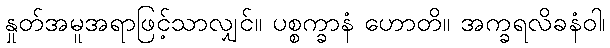
နှုတ်အမူအရာဖြင့်သာလျှင်။ ပစ္စက္ခာနံ ဟောတိ။ အက္ခရလိခနံဝါ၊